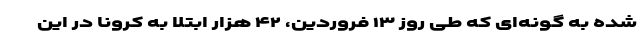
شده به گونه‌ای که طی روز ۱۳ فروردین، ۴۲ هزار ابتلا به کرونا در این